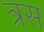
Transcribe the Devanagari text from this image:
त्रस